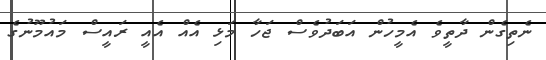
ނެތިގެން ދާތީވެ އެމީހުން އަބަދުވެސް ޖަހާ މަޅި އެއް އެއީ ރައީސް މައުމޫނުގެ